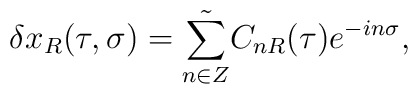
\delta x_R(\tau,\sigma)=\tilde{\sum_{n\in Z}}C_{nR}(\tau)e^{-in\sigma},